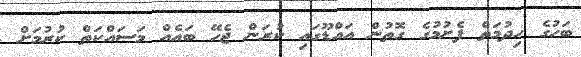
ބަހުގެ ހިދުމަތް ފެށުމުގެ ގޮތުން އައްޑޫގައި ކުރަން ޖެހޭ ބައެއް މަސައްކަތް ކުރުމަށް